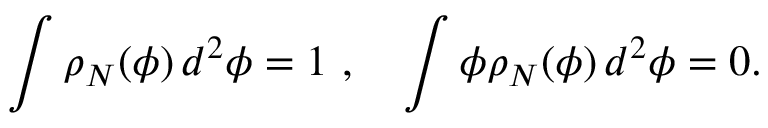
\int \rho _ { N } ( \phi ) \, d ^ { 2 } \phi = 1 \ , \quad \int \phi \rho _ { N } ( \phi ) \, d ^ { 2 } \phi = 0 .